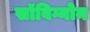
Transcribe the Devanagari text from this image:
सॉविग्नोन